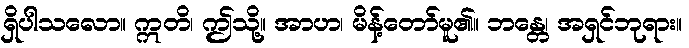
ရှိပါသလော။ ဣတိ၊ ဤသို့။ အာဟ၊ မိန့်တော်မူ၏။ ဘန္တေ၊ အရှင်ဘုရား။